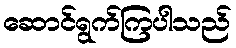
ဆောင်ရွက်ကြပါသည်